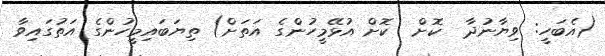
(އެބަހީ: ވިޔާނުދާ  ކޮށް  ކޮށް އުޅޭމީހުންގެ އަތަށް) ތިޔަބައިމީހުންގެ އަތުގައިވާ